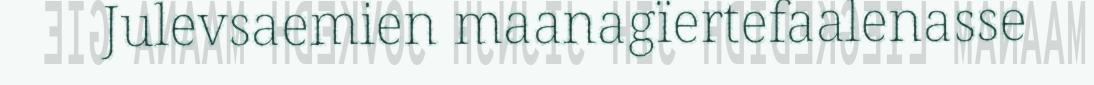
Julevsaemien maanagïertefaalenasse